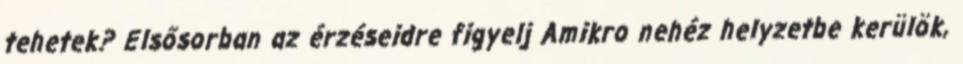
tehetek? Elsősorban az érzéseidre figyelj Amikro nehéz helyzetbe kerülök,